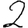
Digit: 2